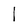
Character: l